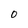
Character: 0